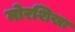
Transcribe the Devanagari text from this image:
मोरशिखा